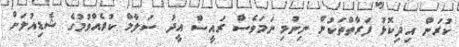
ކުރަން އިދިކޮޅު ފަރާތްތަކުން ނިންމި ނަމަވެސް ރައީސް އީދު ސަލާމް ކުރެއްވުމުގެ ޝެޑިއުލަށް